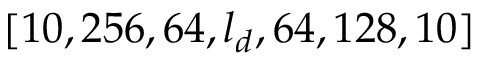
[ 1 0 , 2 5 6 , 6 4 , l _ { d } , 6 4 , 1 2 8 , 1 0 ]